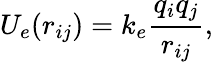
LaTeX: U_{e}(r_{ij})=k_{e}\frac{q_{i}q_{j}}{r_{ij}},